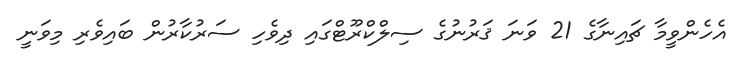
އެހެންވީމާ ޗައިނާގެ 21 ވަނަ ޤަރުނުގެ ސިލްކްރޫޓްގައި ދިވެހި ސަރުކާރުން ބައިވެރި މިވަނީ